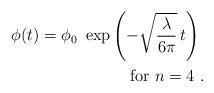
LaTeX: \begin{align*}\phi(t)=\phi_0 \ \exp\left(-\sqrt{\lambda\over 6\pi} \, t\right) \ \\ \ \ \mbox{for} \ n = 4 \ .\end{align*}